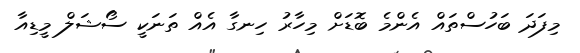
މިފަދަ ބަހުސްތައް އެންމެ ބޮޑަށް މިހާރު ހިނގާ އެއް ތަނަކީ ސޯޝަލް މީޑިއާ